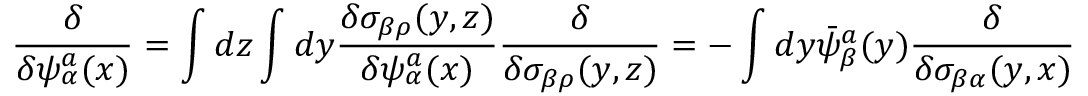
{ \frac { \delta } { \delta \psi _ { \alpha } ^ { a } ( x ) } } = \int d z \int d y { \frac { \delta \sigma _ { \beta \rho } ( y , z ) } { \delta \psi _ { \alpha } ^ { a } ( x ) } } { \frac { \delta } { \delta \sigma _ { \beta \rho } ( y , z ) } } = - \int d y \bar { \psi } _ { \beta } ^ { a } ( y ) { \frac { \delta } { \delta \sigma _ { \beta \alpha } ( y , x ) } }